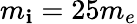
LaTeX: m_{\mathbf{i}}=25m_{e}